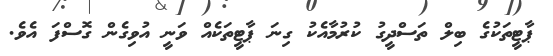
ޕާޓީތަކުގެ ބިލް ތަސްދީގު ކުރުމާއެކު ގިނަ ޕާޓީތަކެއް ވަނީ އުވިގެން ގޮސްފަ އެވެ.